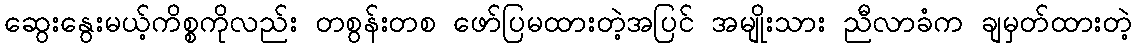
ဆွေးနွေးမယ့်ကိစ္စကိုလည်း တစွန်းတစ ဖော်ပြမထားတဲ့အပြင် အမျိုးသား ညီလာခံက ချမှတ်ထားတဲ့